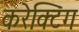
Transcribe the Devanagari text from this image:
करेक्टिंग